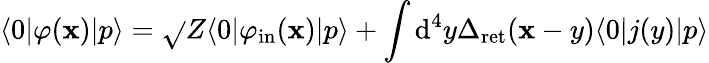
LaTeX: \langle0|\varphi(\mathbf{x})|p\rangle={\sqrt{}{{Z}}}\langle0|\varphi_{\mathrm{{in}}}(\mathbf{x})|p\rangle+\int\mathrm{{d}}^{4}y\Delta_{\mathrm{{ret}}}(\mathbf{x}-y)\langle0|j(y)|p\rangle